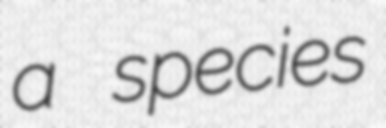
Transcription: a species